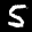
Label: 5